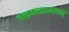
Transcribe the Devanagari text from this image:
चन्द्रकलाप्रकाशम्